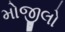
મોજીલો